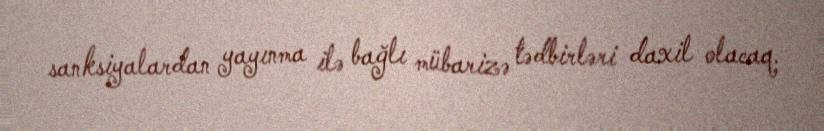
sanksiyalardan yayınma ilə bağlı mübarizə tədbirləri daxil olacaq.